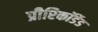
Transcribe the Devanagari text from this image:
प्रीरिकॉर्डेड